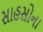
સાહસોના